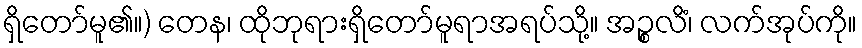
ရှိတော်မူ၏။) တေန၊ ထိုဘုရားရှိတော်မူရာအရပ်သို့။ အဉ္စလိံ၊ လက်အုပ်ကို။